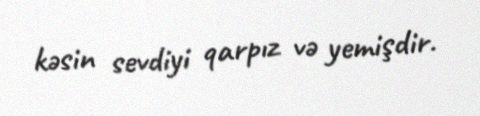
kəsin sevdiyi qarpız və yemişdir.